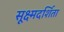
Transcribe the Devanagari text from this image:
सूक्ष्मदर्शिता